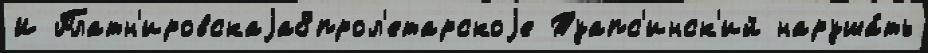
И Платн'ировскаjа8прол'етарскоjе Туапс'инск'ий наруша́ть